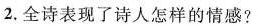
2.全诗表现了诗人怎样的情感?